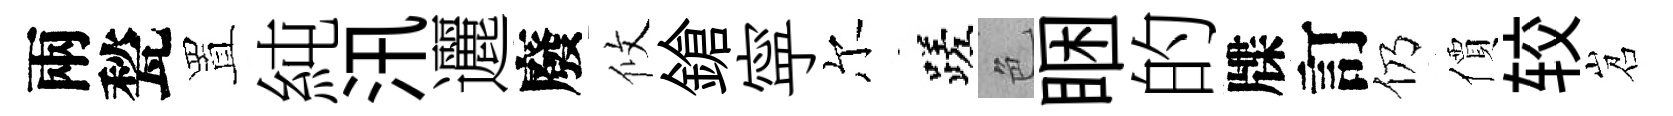
兩甃置純汛邐廢攸鎗寜尔蹉色睏的牒訂仍價较岧